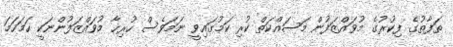
ތަފާތުގެ ފިކުރުގެ މުވައްޒަފުން މަސައްކަތް ކުރި ކަމުގައިވީ ނަމަވެސް ހުރިހާ މުވައްޒަފުންނަކީ ހަމަހަމަ